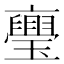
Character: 𭺏